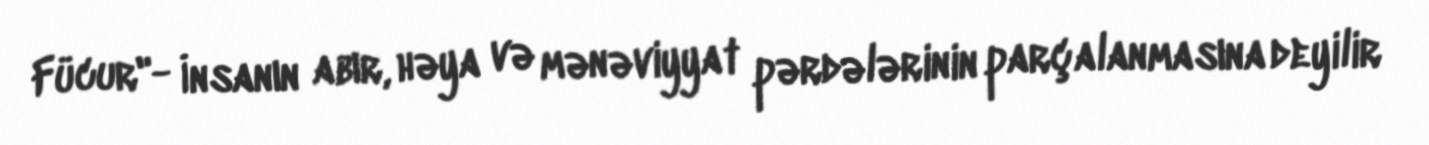
Fücur"- İnsanın abır, həya və mənəviyyat pərdələrinin parçalanmasına deyilir